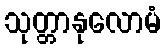
သုတ္တာနုလောမံ